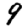
Digit: 9